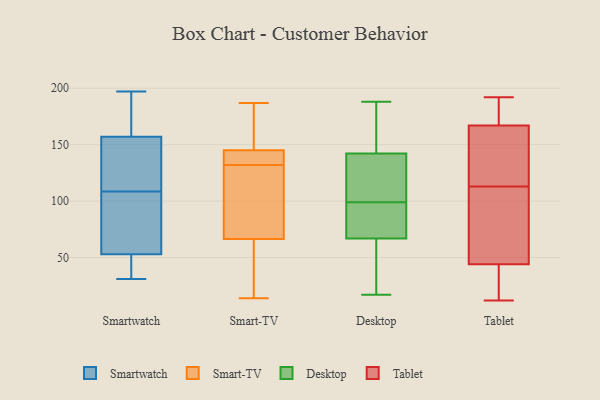
{"axis": {"x": "Gross Profit (USD K)", "y": "Value"}, "legend": ["Desktop", "Smart-TV", "Smartwatch", "Tablet"], "data": [{"x": "", "y": 102, "type": "Smartwatch"}, {"x": "", "y": 102, "type": "Smartwatch"}, {"x": "", "y": 197, "type": "Smartwatch"}, {"x": "", "y": 135, "type": "Smartwatch"}, {"x": "", "y": 184, "type": "Smartwatch"}, {"x": "", "y": 157, "type": "Smartwatch"}, {"x": "", "y": 197, "type": "Smartwatch"}, {"x": "", "y": 188, "type": "Smartwatch"}, {"x": "", "y": 41, "type": "Smartwatch"}, {"x": "", "y": 150, "type": "Smartwatch"}, {"x": "", "y": 31, "type": "Smartwatch"}, {"x": "", "y": 46, "type": "Smartwatch"}, {"x": "", "y": 156, "type": "Smartwatch"}, {"x": "", "y": 80, "type": "Smartwatch"}, {"x": "", "y": 115, "type": "Smartwatch"}, {"x": "", "y": 43, "type": "Smartwatch"}, {"x": "", "y": 53, "type": "Smartwatch"}, {"x": "", "y": 99, "type": "Smartwatch"}, {"x": "", "y": 106, "type": "Smart-TV"}, {"x": "", "y": 38, "type": "Smart-TV"}, {"x": "", "y": 138, "type": "Smart-TV"}, {"x": "", "y": 38, "type": "Smart-TV"}, {"x": "", "y": 148, "type": "Smart-TV"}, {"x": "", "y": 109, "type": "Smart-TV"}, {"x": "", "y": 187, "type": "Smart-TV"}, {"x": "", "y": 184, "type": "Smart-TV"}, {"x": "", "y": 144, "type": "Smart-TV"}, {"x": "", "y": 132, "type": "Smart-TV"}, {"x": "", "y": 14, "type": "Smart-TV"}, {"x": "", "y": 76, "type": "Smart-TV"}, {"x": "", "y": 133, "type": "Smart-TV"}, {"x": "", "y": 110, "type": "Desktop"}, {"x": "", "y": 137, "type": "Desktop"}, {"x": "", "y": 99, "type": "Desktop"}, {"x": "", "y": 127, "type": "Desktop"}, {"x": "", "y": 43, "type": "Desktop"}, {"x": "", "y": 17, "type": "Desktop"}, {"x": "", "y": 143, "type": "Desktop"}, {"x": "", "y": 89, "type": "Desktop"}, {"x": "", "y": 160, "type": "Desktop"}, {"x": "", "y": 142, "type": "Desktop"}, {"x": "", "y": 68, "type": "Desktop"}, {"x": "", "y": 77, "type": "Desktop"}, {"x": "", "y": 162, "type": "Desktop"}, {"x": "", "y": 63, "type": "Desktop"}, {"x": "", "y": 84, "type": "Desktop"}, {"x": "", "y": 188, "type": "Desktop"}, {"x": "", "y": 55, "type": "Desktop"}, {"x": "", "y": 21, "type": "Tablet"}, {"x": "", "y": 129, "type": "Tablet"}, {"x": "", "y": 66, "type": "Tablet"}, {"x": "", "y": 19, "type": "Tablet"}, {"x": "", "y": 12, "type": "Tablet"}, {"x": "", "y": 167, "type": "Tablet"}, {"x": "", "y": 113, "type": "Tablet"}, {"x": "", "y": 184, "type": "Tablet"}, {"x": "", "y": 59, "type": "Tablet"}, {"x": "", "y": 122, "type": "Tablet"}, {"x": "", "y": 161, "type": "Tablet"}, {"x": "", "y": 93, "type": "Tablet"}, {"x": "", "y": 178, "type": "Tablet"}, {"x": "", "y": 82, "type": "Tablet"}, {"x": "", "y": 39, "type": "Tablet"}, {"x": "", "y": 189, "type": "Tablet"}, {"x": "", "y": 192, "type": "Tablet"}, {"x": "", "y": 167, "type": "Tablet"}, {"x": "", "y": 15, "type": "Tablet"}]}